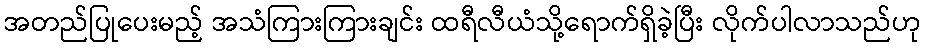
အတည်ပြုပေးမည့် အသံကြားကြားချင်း ထရီလီယံသို့ရောက်ရှိခဲ့ပြီး လိုက်ပါလာသည်ဟု